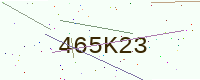
Text: 465K23